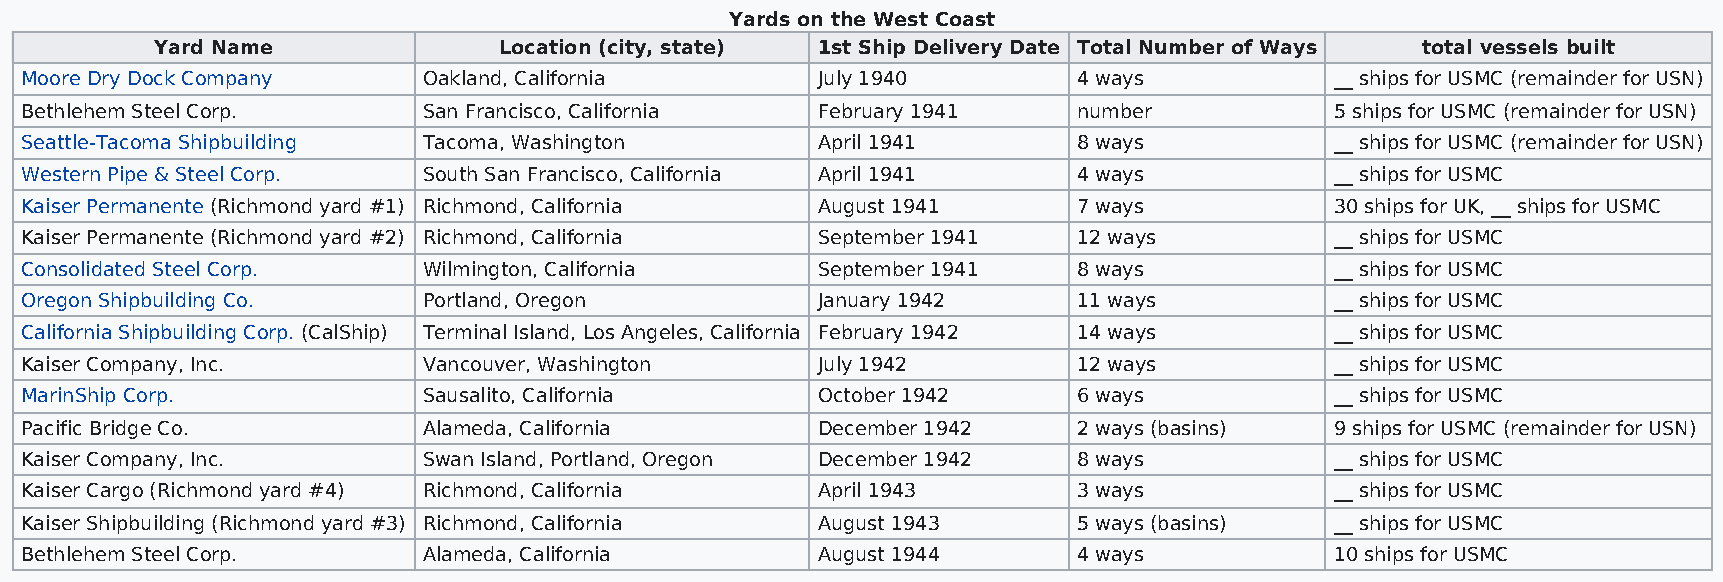
Yards on the West Coast
 Yard Name              Location (city, state) 1st Ship Delivery Date Total Number of Ways total vessels built
 Moore Dry Dock Company     Oakland, California       July 1940        4 ways           __ ships for USMC (remainder for USN)
 Bethlehem Steel Corp.      San Francisco, California February 1941    number           5 ships for USMC (remainder for USN)
 Seattle-Tacoma Shipbuilding Tacoma, Washington       April 1941       8 ways           __ ships for USMC (remainder for USN)
 Western Pipe & Steel Corp. South San Francisco, California April 1941 4 ways           __ ships for USMC
 Kaiser Permanente (Richmond yard #1) Richmond, California August 1941 7 ways           30 ships for UK, __ ships for USMC
 Kaiser Permanente (Richmond yard #2) Richmond, California September 1941 12 ways       __ ships for USMC
 Consolidated Steel Corp.   Wilmington, California    September 1941   8 ways           __ ships for USMC
 Oregon Shipbuilding Co.    Portland, Oregon          January 1942     11 ways          __ ships for USMC
 California Shipbuilding Corp. (CalShip) Terminal Island, Los Angeles, California February 1942 14 ways __ ships for USMC
 Kaiser Company, Inc.       Vancouver, Washington     July 1942        12 ways          __ ships for USMC
 MarinShip Corp.            Sausalito, California     October 1942     6 ways           __ ships for USMC
 Pacific Bridge Co.         Alameda, California       December 1942    2 ways (basins)  9 ships for USMC (remainder for USN)
 Kaiser Company, Inc.       Swan Island, Portland, Oregon December 1942 8 ways          __ ships for USMC
 Kaiser Cargo (Richmond yard #4) Richmond, California April 1943       3 ways           __ ships for USMC
 Kaiser Shipbuilding (Richmond yard #3) Richmond, California August 1943 5 ways (basins) __ ships for USMC
 Bethlehem Steel Corp.      Alameda, California       August 1944      4 ways           10 ships for USMC